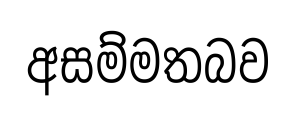
අසම්මතබව